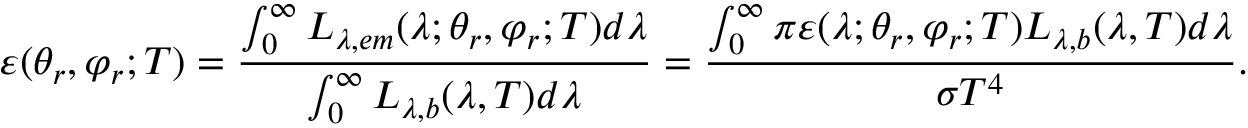
\varepsilon ( \theta _ { r } , \varphi _ { r } ; T ) = \frac { \int _ { 0 } ^ { \infty } L _ { \lambda , e m } ( \lambda ; \theta _ { r } , \varphi _ { r } ; T ) d \lambda } { \int _ { 0 } ^ { \infty } L _ { \lambda , b } ( \lambda , T ) d \lambda } = \frac { \int _ { 0 } ^ { \infty } \pi \varepsilon ( \lambda ; \theta _ { r } , \varphi _ { r } ; T ) L _ { \lambda , b } ( \lambda , T ) d \lambda } { \sigma T ^ { 4 } } \mathrm { . }